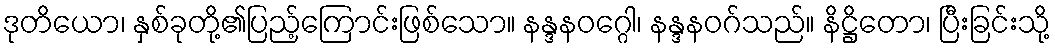
ဒုတိယော၊ နှစ်ခုတို့၏ပြည့်ကြောင်းဖြစ်သော။ နန္ဒနဝဂ္ဂေါ၊ နန္ဒနဝဂ်သည်။ နိဋ္ဌိတော၊ ပြီးခြင်းသို့